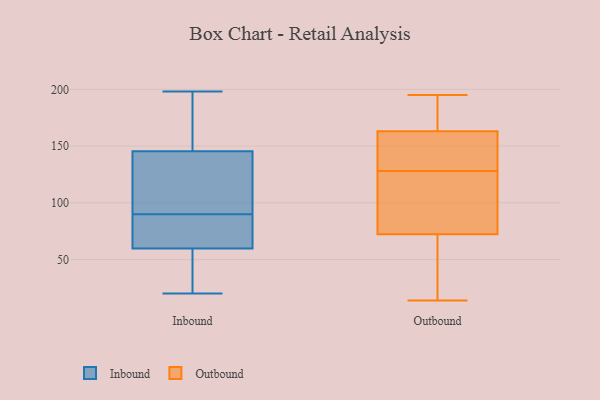
{"axis": {"x": "Website Visitors", "y": "Value"}, "legend": ["Inbound", "Outbound"], "data": [{"x": "", "y": 47, "type": "Inbound"}, {"x": "", "y": 154, "type": "Inbound"}, {"x": "", "y": 141, "type": "Inbound"}, {"x": "", "y": 147, "type": "Inbound"}, {"x": "", "y": 90, "type": "Inbound"}, {"x": "", "y": 138, "type": "Inbound"}, {"x": "", "y": 87, "type": "Inbound"}, {"x": "", "y": 58, "type": "Inbound"}, {"x": "", "y": 104, "type": "Inbound"}, {"x": "", "y": 198, "type": "Inbound"}, {"x": "", "y": 65, "type": "Inbound"}, {"x": "", "y": 20, "type": "Inbound"}, {"x": "", "y": 51, "type": "Inbound"}, {"x": "", "y": 168, "type": "Inbound"}, {"x": "", "y": 88, "type": "Inbound"}, {"x": "", "y": 14, "type": "Outbound"}, {"x": "", "y": 188, "type": "Outbound"}, {"x": "", "y": 195, "type": "Outbound"}, {"x": "", "y": 85, "type": "Outbound"}, {"x": "", "y": 72, "type": "Outbound"}, {"x": "", "y": 151, "type": "Outbound"}, {"x": "", "y": 73, "type": "Outbound"}, {"x": "", "y": 109, "type": "Outbound"}, {"x": "", "y": 148, "type": "Outbound"}, {"x": "", "y": 15, "type": "Outbound"}, {"x": "", "y": 128, "type": "Outbound"}, {"x": "", "y": 191, "type": "Outbound"}, {"x": "", "y": 167, "type": "Outbound"}, {"x": "", "y": 150, "type": "Outbound"}, {"x": "", "y": 24, "type": "Outbound"}]}